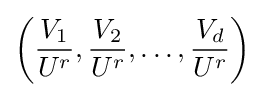
\left({\frac {V_{1}}{U^{r}}},{\frac {V_{2}}{U^{r}}},\ldots ,{\frac {V_{d}}{U^{r}}}\right)